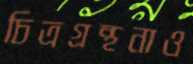
চিত্রগ্রন্থনাও